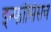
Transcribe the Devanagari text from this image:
इन्फॊसिसचे